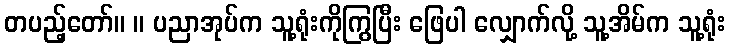
တပည့်တော်။ ။ ပညာအုပ်က သူ့ရုံးကိုကြွပြီး ဖြေပါ လျှောက်လို့ သူ့အိမ်က သူ့ရုံး